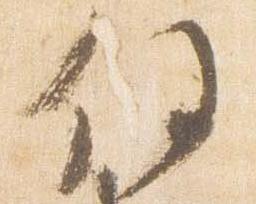
任